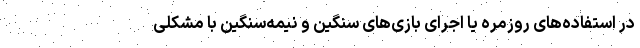
در استفاده‌های روزمره یا اجرای بازی‌های سنگین و نیمه‌سنگین با مشکلی